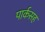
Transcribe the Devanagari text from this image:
पार्कसह